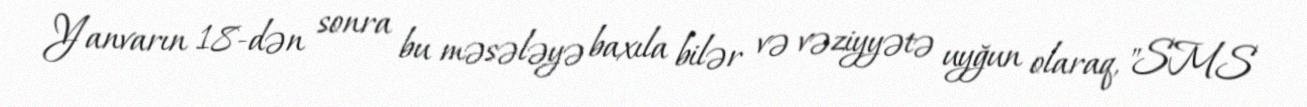
Yanvarın 18-dən sonra bu məsələyə baxıla bilər və vəziyyətə uyğun olaraq, "SMS